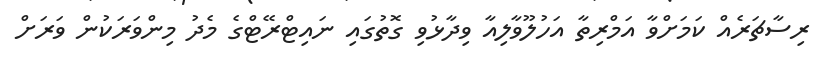
ރިސާޗަރެއް ކަމަށްވާ އަމްރިތާ އަހުލޫވާލިއާ ވިދާޅުވި ގޮތުގައި ނައިޓްރޭޓްގެ މެދު މިންވަރަކުން ވަރަށް